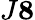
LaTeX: J\le 8